65_HS1-834228961_62-HQ-83894_Section_6
Agency: FBI
Page 60
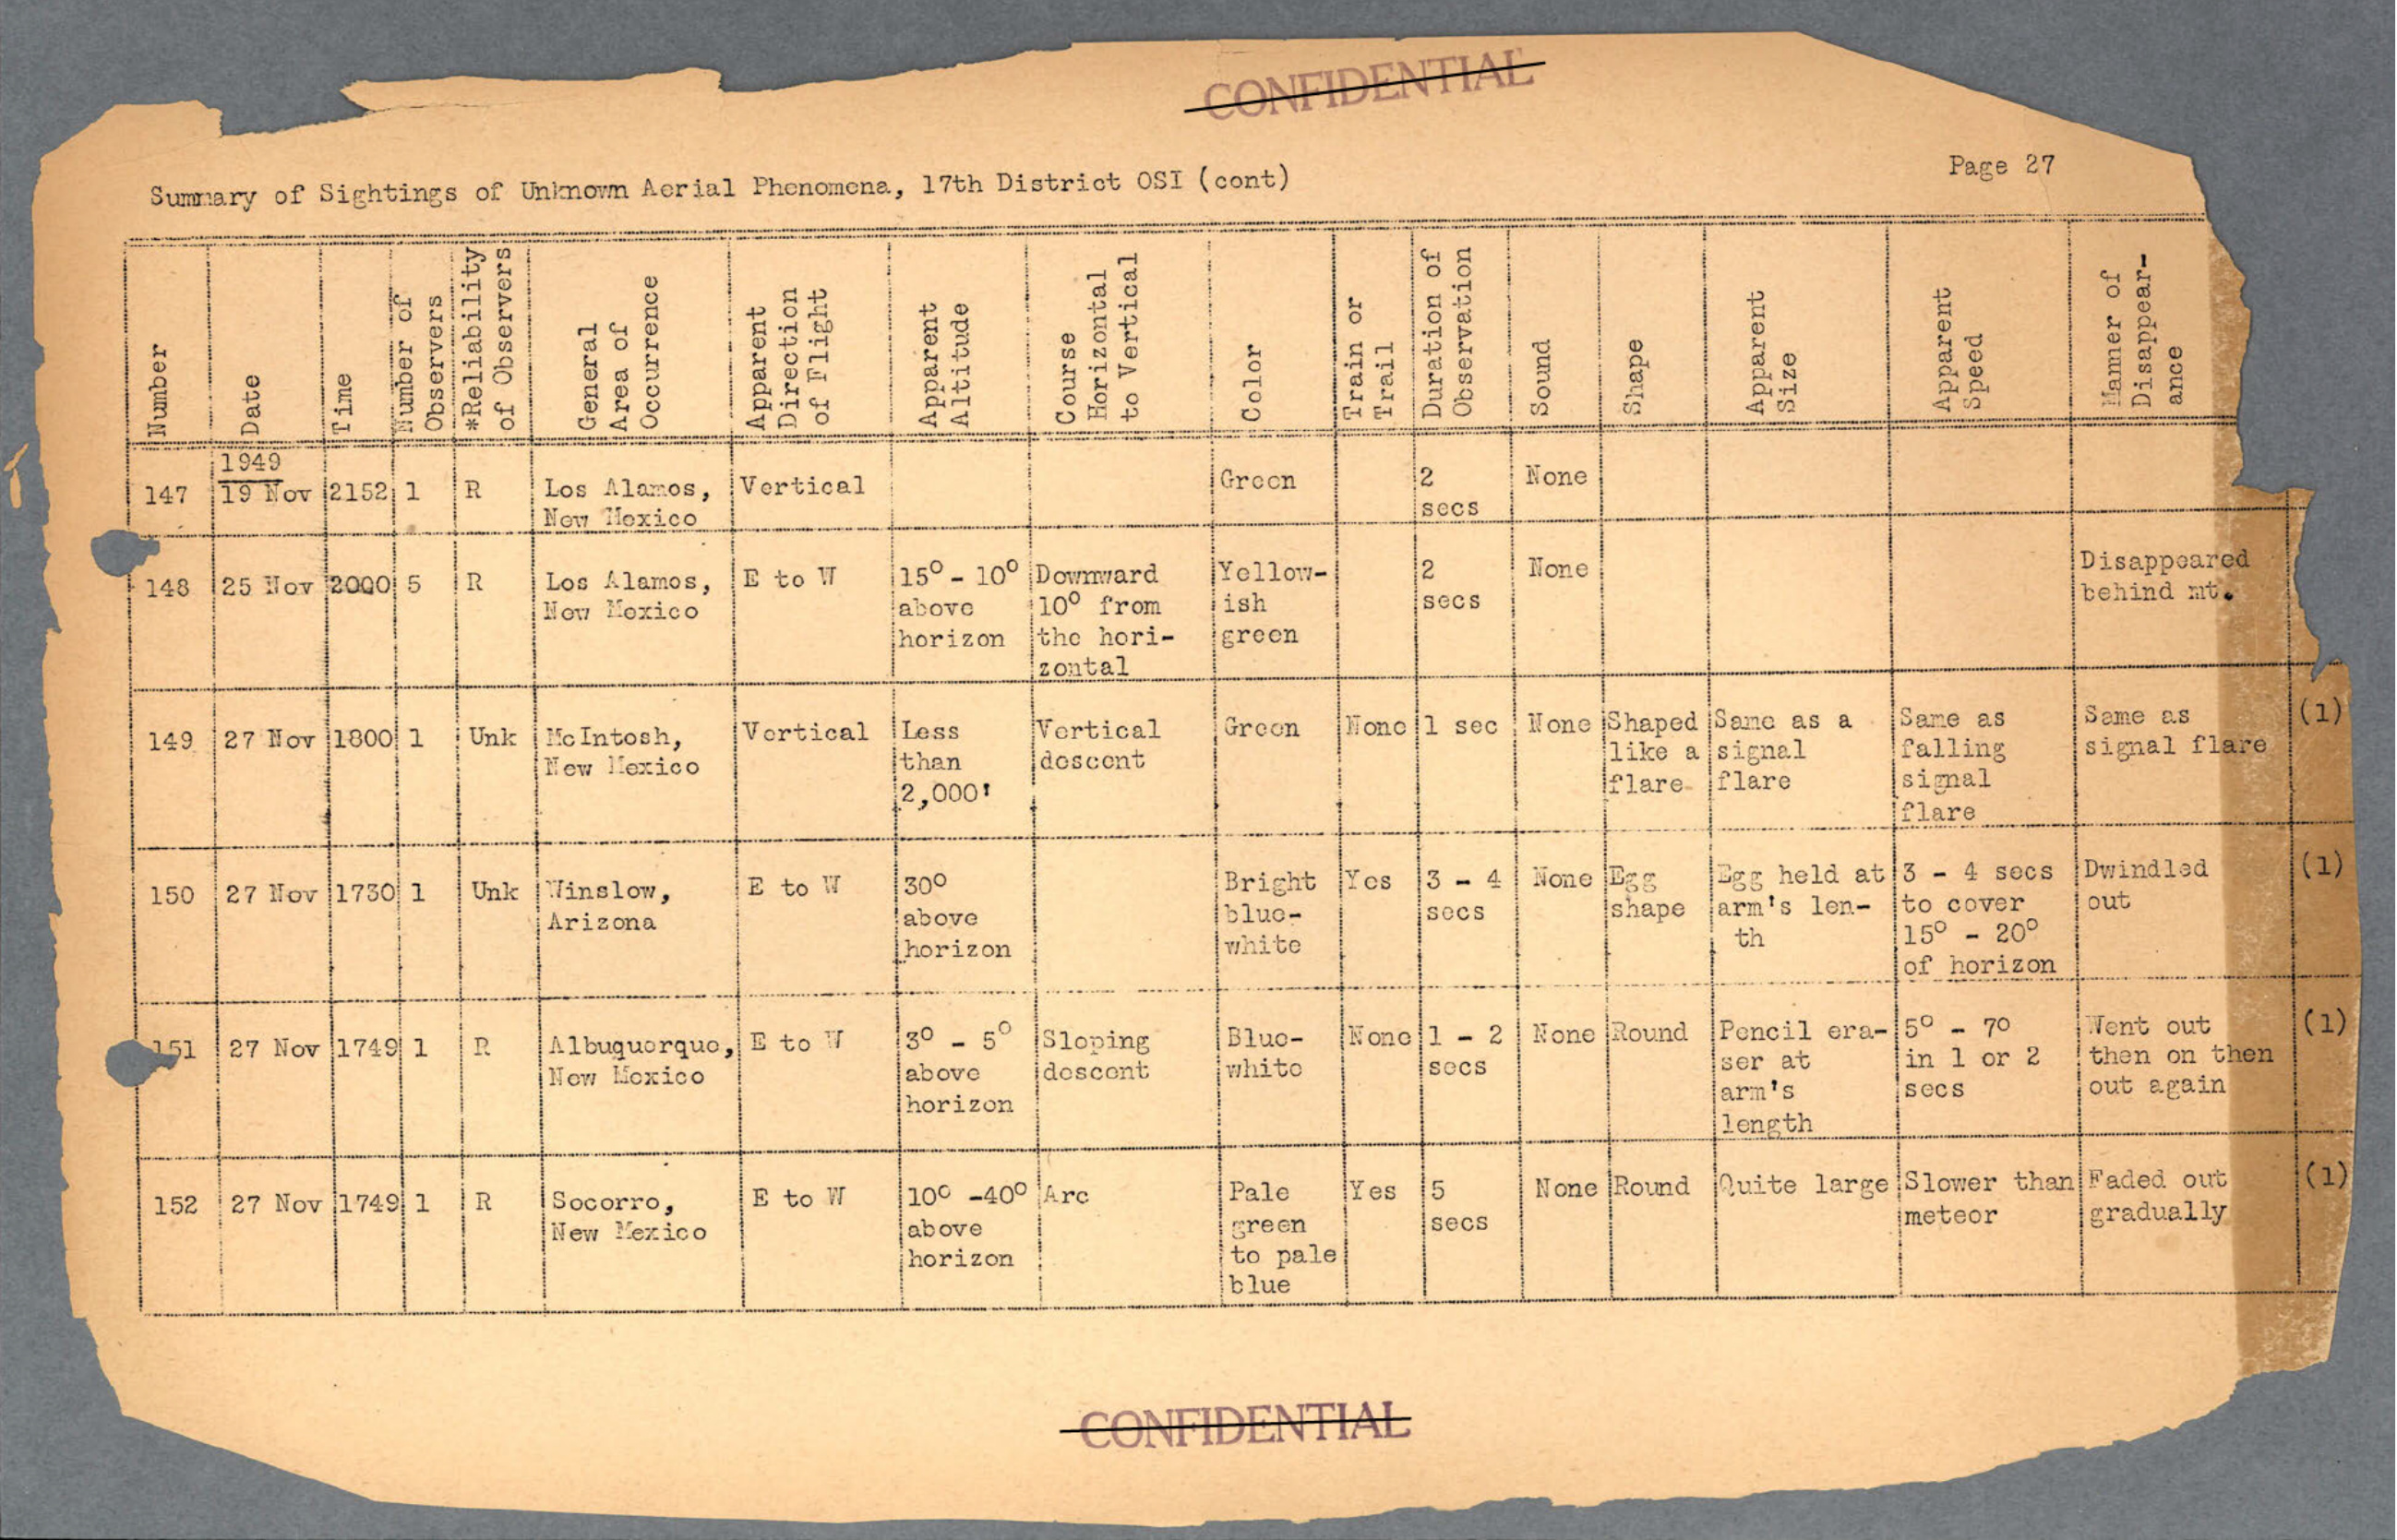